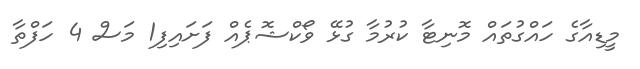
މީޑިއާގެ ހައްގުތައް މޮނިޓާ ކުރުމާ ގުޅޭ ވޯކްޝޮޕެއް ފަށައިފި1 މަސް 4 ހަފްތާ